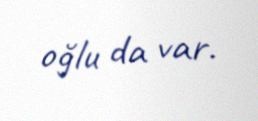
oğlu da var.